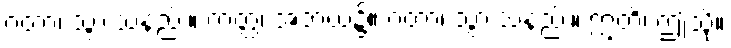
ဂတာ၊ သွားသနည်း။ ကတ္ထ၊ အဘယ်၌။ ဂတာ၊ သွားသနည်း။ ဣတိ၊ ဤသို့။